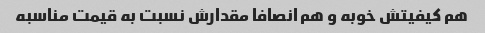
هم کیفیتش خوبه و هم انصافا مقدارش نسبت به قیمت مناسبه